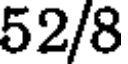
52/8